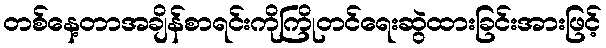
တစ်နေ့တာအချိန်စာရင်းကိုကြိုတင်ရေးဆွဲထားခြင်းအားဖြင့်